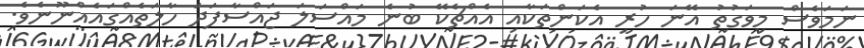
ނަމަވެސް މިވަގުތު އޭނަ ހުރީ އެކަންތަކާއި އެއްޗެކޭ ބުނެ މައްސަލަ ޖައްސާފަދަ ހާލަތެއްގައެއްނޫނެވެ.